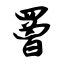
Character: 罾